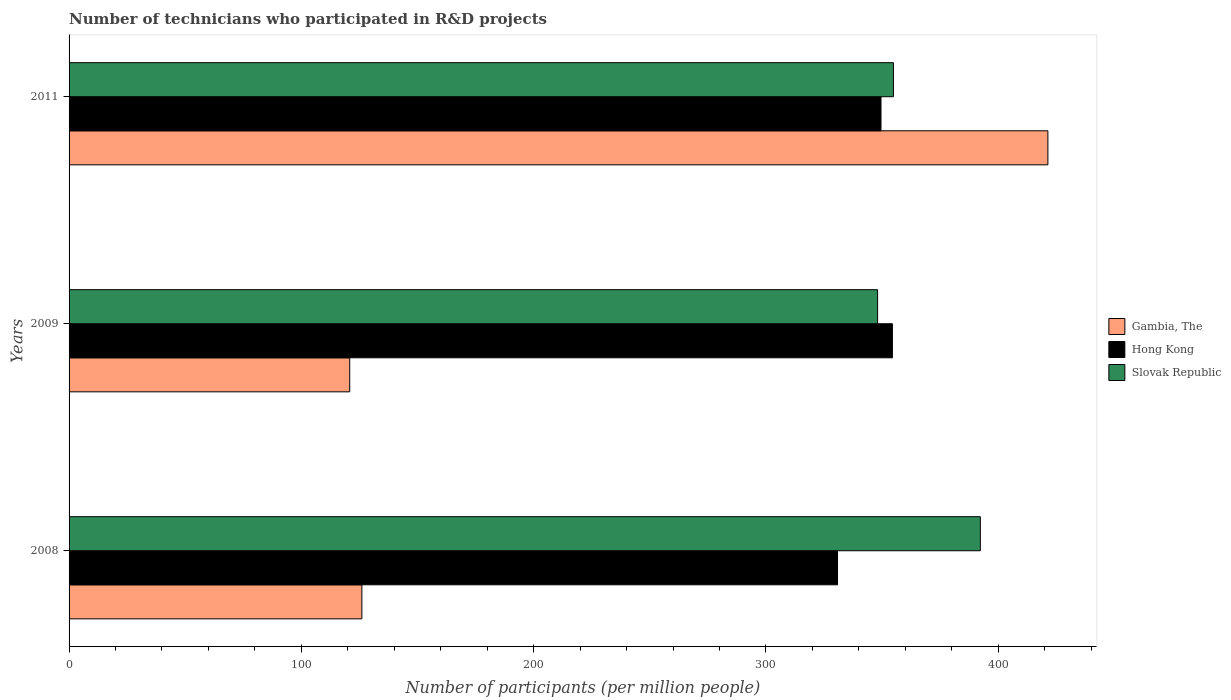
| Years | Gambia, The | Hong Kong | Slovak Republic |
 | --- | --- | --- | --- |
 | 2008 | 126 | 331 | 392 |
 | 2009 | 121 | 354 | 348 |
 | 2011 | 421 | 350 | 355 |